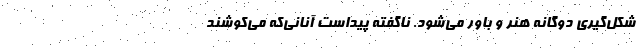
شکل‌گیری دوگانه هنر و باور می‌شود. ناگفته پیداست آنانی‌که می‌کوشند